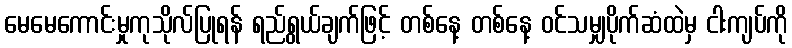
မေမေကောင်းမှုကုသိုလ်ပြုရန် ရည်ရွယ်ချက်ဖြင့် တစ်နေ့ တစ်နေ့ ဝင်သမျှပိုက်ဆံထဲမှ ငါးကျပ်ကို